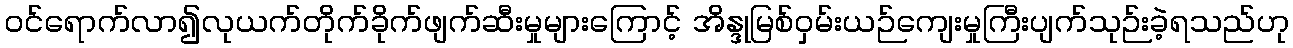
ဝင်ရောက်လာ၍လုယက်တိုက်ခိုက်ဖျက်ဆီးမှုများကြောင့် အိန္ဒုမြစ်ဝှမ်းယဉ်ကျေးမှုကြီးပျက်သုဉ်းခဲ့ရသည်ဟု